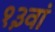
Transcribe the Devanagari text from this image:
१३वां